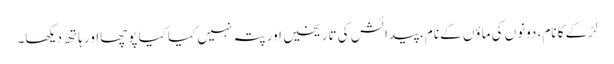
لڑکے کا نام، دونوں کی ماؤں کے نام، پیدائش کی تاریخیں اور پتہ نہیں کیا کیا پوچھااور ہاتھ دیکھا۔